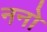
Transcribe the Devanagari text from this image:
ननो